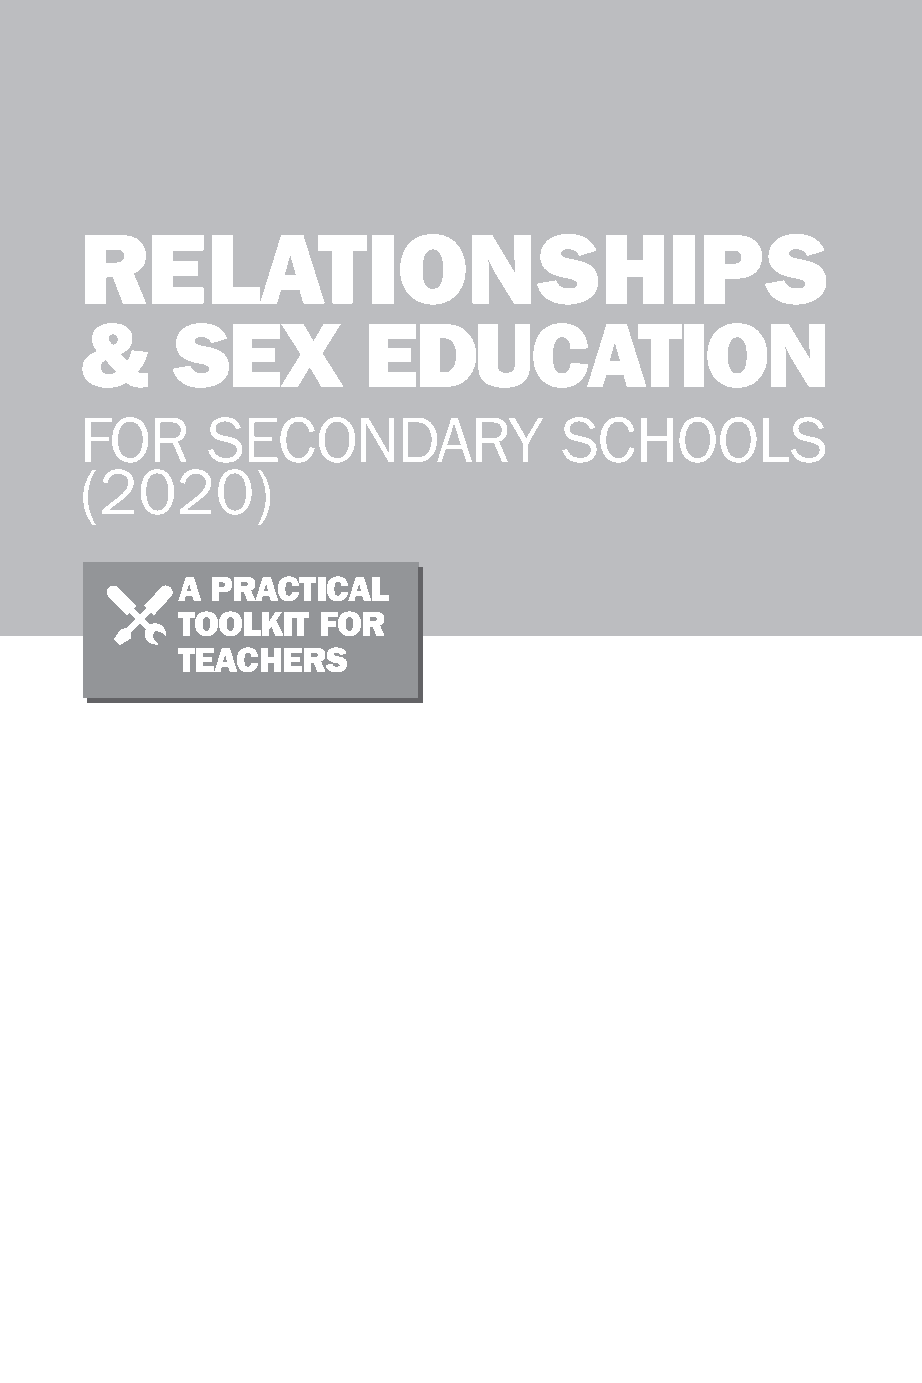
ii
 RELATIONSHIPS
 &     SEX          EDUCATION
 FOR     SECONDARY               SCHOOLS
 (2020)
 A PRACTICAL
 TOOLKIT  FOR
 TEACHERS
 99778811991133006633665588__ppii--113300..iinndddd ii 0044--MMaarr--2200 2200::3300::1188